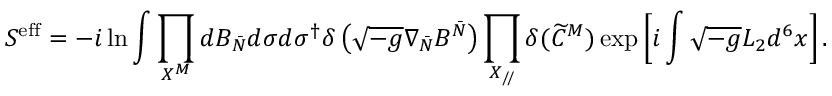
S ^ { \mathrm { e f f } } = - i \ln \int \prod _ { X ^ { M } } d B _ { \bar { N } } d \sigma d \sigma ^ { \dagger } \delta \left( \sqrt { - g } \nabla _ { \bar { N } } B ^ { \bar { N } } \right) \prod _ { X _ { / \! / } } \delta ( \widetilde C ^ { M } ) \exp \left[ i \int \sqrt { - g } { \cal L } _ { 2 } d ^ { 6 } x \right] .